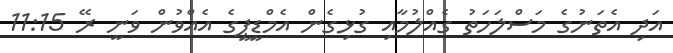
އަދި އެތަނުގެ މަސްލަހަތު ގެއްލުމާއި ގުޅިގެން އެމްޑީޕީގެ އެއްވުން ވަނީ ރޭ 11:15